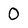
Character: 0